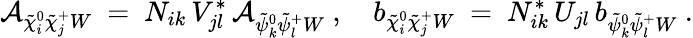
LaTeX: \mathcal{A}_{\tilde{{\chi}}_{i}^{0}\tilde{{\chi}}_{j}^{+}W}\ =\ N_{ik}\, V_{jl}^{*}\, \mathcal{A}_{\tilde{{\psi}}_{k}^{0}\tilde{{\psi}}_{l}^{+}W}~,~~~~b_{\tilde{{\chi}}_{i}^{0}\tilde{{\chi}}_{j}^{+}W}\ =\ N_{ik}^{*}\, U_{jl}\, b_{\tilde{{\psi}}_{k}^{0}\tilde{{\psi}}_{l}^{+}W}~.